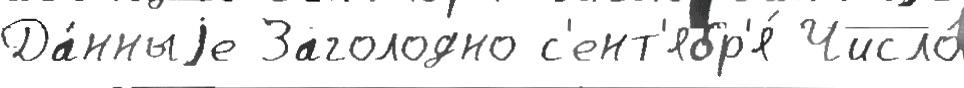
Да́нныjе Заголодно с'ент'ябр'я́ Число́